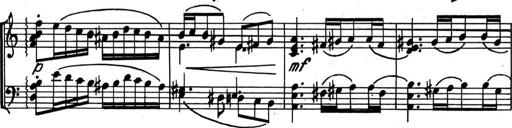
Title: Kleine Sonate
Composer: Raoul Koczalski
Key: C major